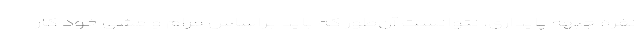
نفره جبهه پایداری، نتوانست آن‌طور كه باید براساس مرام و مشی خود كار